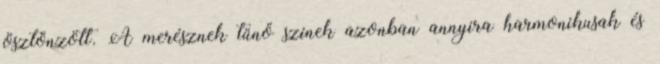
ösztönzött. A merésznek tűnő színek azonban annyira harmonikusak és